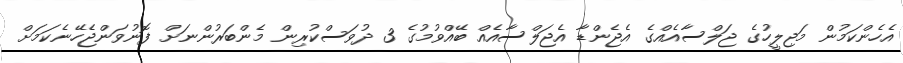
އެހެންކަމުން މަޖިލީހުގެ ޖަލްސާއެއްގެ އެޖެންޑާ އެޖަލްސާއެއް ބޭއްވުމުގެ 3 ދުވަސްކުރިން މެންބަރުންނަށް ފޮނުވަންޖެހޭނެކަމަށް